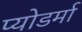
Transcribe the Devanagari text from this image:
प्योडर्मा